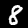
Digit: 8